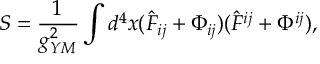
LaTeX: S = \frac { 1 } { g _ { Y M } ^ { 2 } } \int d ^ { 4 } x ( \hat { F } _ { i j } + \Phi _ { i j } ) ( \hat { F } ^ { i j } + \Phi ^ { i j } ) ,